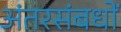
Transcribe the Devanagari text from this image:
अंतरसंबधों